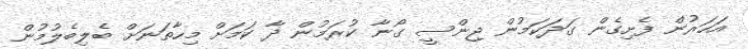
އަހަރުން ފެށިގެން ގަދަކަމުން ޖިންސީ ގޯނާ ކުރަމުން ދާ ކަމަށް މިހާތަނަށް ބެލިބެލުމުން